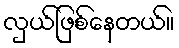
လှယ်ဖြစ်နေတယ်။